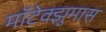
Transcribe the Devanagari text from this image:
मॉटेक्झुमास